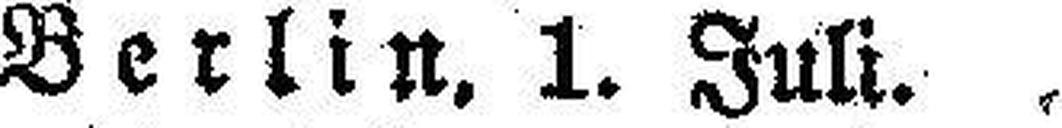
Berlin, 1. Juli.